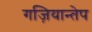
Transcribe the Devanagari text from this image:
गज़ियान्तेप